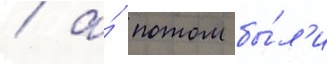
/ а́ потом бы́л'и